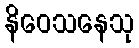
နိဝေသနေသု